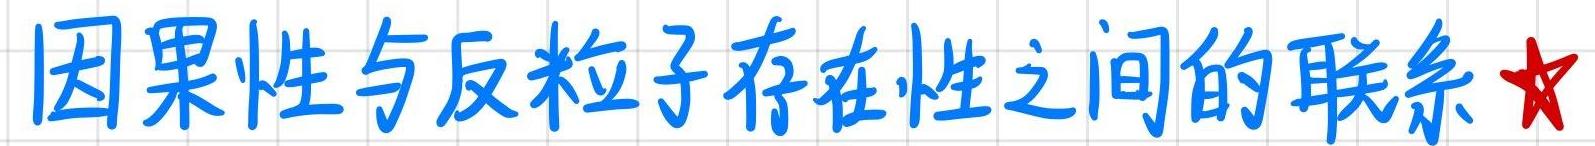
因果性与反粒子存在性之间的联系★